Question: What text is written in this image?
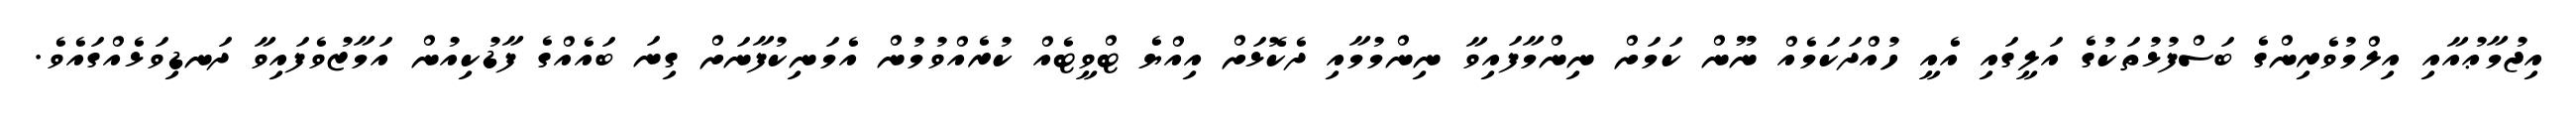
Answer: އިޖުމާޢުއާއި އިލްމުވެރިންގެ ބަސްފުޅުތަކުގެ އަލީގައި އެއީ ހުއްދަކަމެއް ނޫން ކަމަށް ނިންމާފައިވާ ނިންމުމާއި ދެކޮޅަށް އިއްޔެ ޓްވީޓެއް ކުރެއްވުމުން އެމަނިކުފާނަށް ގިނަ ބައެއްގެ ފާޑުކިއުން އަމާޒުވެފައިވާ ދަނޑިވަޅެއްގައެވެ.